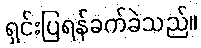
ရှင်းပြရန်ခက်ခဲသည်။